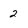
Character: 2